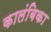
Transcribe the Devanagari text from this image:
कालंबिका